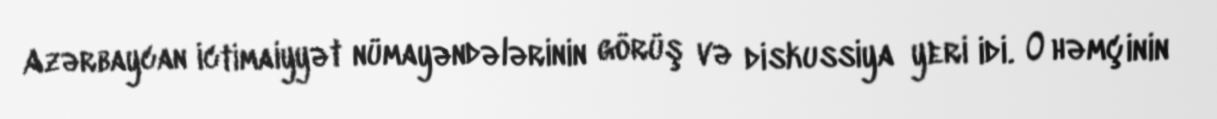
Azərbaycan ictimaiyyət nümayəndələrinin görüş və diskussiya yeri idi. O həmçinin